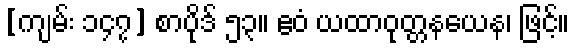
[ကျမ်း ၁၄၇] စာပိုဒ် ၅၃။ ဧဝံ ယထာဝုတ္တနယေန၊ ဖြင့်။